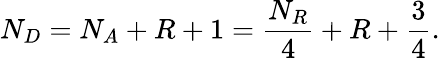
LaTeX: N_{D}=N_{A}+R+1=\frac{N_{R}}{4}+R+\frac{3}{4}.